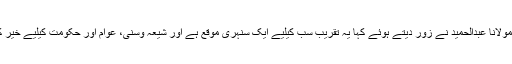
شیخ الاسلام مولانا عبدالحمید نے زور دیتے ہوئے کہا یہ تقریب سب کیلیے ایک سنہری موقع ہے اور شیعہ وسنی، عوام اور حکومت کیلیے خیر کا باعث ہے۔